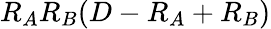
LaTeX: R_{A}R_{B}(D-R_{A}+R_{B})